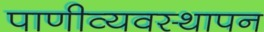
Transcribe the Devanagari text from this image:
पाणीव्यवस्थापन